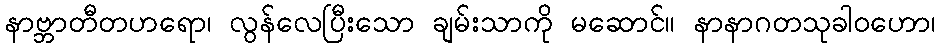
နာဗ္ဘာတီတဟရော၊ လွန်လေပြီးသော ချမ်းသာကို မဆောင်။ နာနာဂတသုခါဝဟော၊